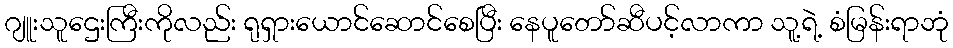
ဂျူးသူဌေးကြီးကိုလည်း ရုရှားယောင်ဆောင်စေပြီး နေပူတော်ဆီပင့်လာကာ သူ့ရဲ့ စံမြန်းရာဘုံ